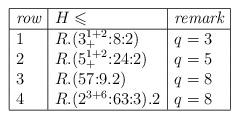
LaTeX: \begin{align*}\begin{array}{|l|l|l|}\hline\emph{row} & H\leqslant & \emph{remark}\\\hline1 & R.(3_+^{1+2}{:}8{:}2) & q=3 \\2 & R.(5_+^{1+2}{:}24{:}2) & q=5 \\3 & R.(57{:}9.2) & q=8 \\4 & R.(2^{3+6}{:}63{:}3).2 & q=8 \\\hline\end{array}\end{align*}